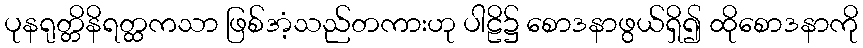
ပုနရုတ္တိနိရတ္ထကသာ ဖြစ်အံ့သည်တကားဟု ပါဠိ၌ စောဒနာဖွယ်ရှိ၍ ထိုစောဒနာကို